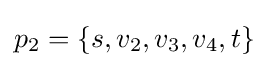
p_{2}=\{s,v_{2},v_{3},v_{4},t\}